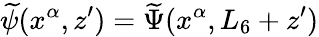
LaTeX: \widetilde\psi(x^{\alpha},z^{\prime})=\widetilde\Psi(x^{\alpha},L_{6}+z^{\prime})